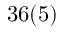
3 6 ( 5 )